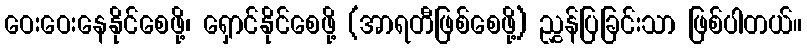
ဝေးဝေးနေနိုင်စေဖို့၊ ရှောင်နိုင်စေဖို့ (အာရတီဖြစ်စေဖို့) ညွှန်ပြခြင်းသာ ဖြစ်ပါတယ်။